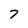
Character: 7